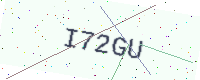
Text: I72GU